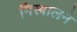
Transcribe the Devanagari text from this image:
मिस्त्रालने